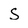
Character: S